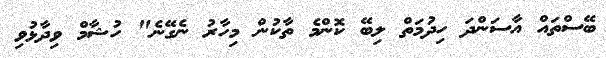
ބޭސްތައް އާސަންދަ ހިދުމަތް ލިބޭ ކޮންމެ ތާކުން މިހާރު ނެގޭނެ" ހުޝާމް ވިދާޅުވި